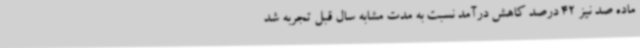
ماده صد نیز 42 درصد کاهش درآمد نسبت به مدت مشابه سال قبل تجربه شد